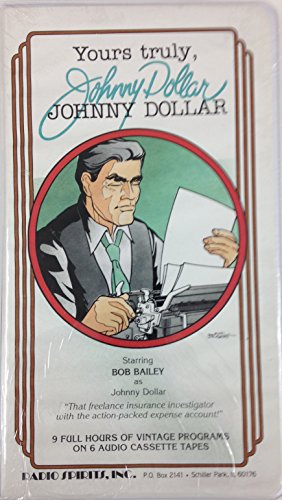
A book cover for Yours Truly, Johnny Dollar; Radio Spirits; Humor & Entertainment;